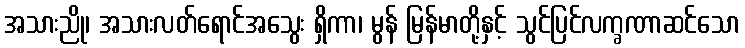
အသားညို၊ အသားလတ်ရောင်အသွေး ရှိကာ၊ မွန် မြန်မာတို့နှင့် သွင်ပြင်လက္ခဏာဆင်သော